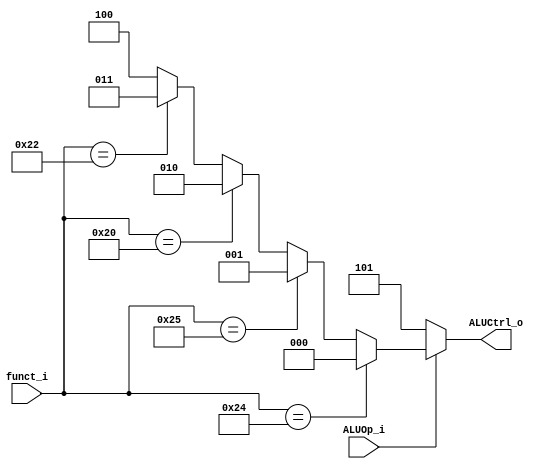
module ALU_Control(
    funct_i,
    ALUOp_i,
    ALUCtrl_o
);

input [5:0] funct_i;
input ALUOp_i;
output [2:0] ALUCtrl_o;

assign ALUCtrl_o = (ALUOp_i == 0)? 3'b101:
(funct_i == 6'b100100)? 3'b000:
(funct_i == 6'b100101)? 3'b001:
(funct_i == 6'b100000)? 3'b010:
(funct_i == 6'b100010)? 3'b011:
3'b100;

endmodule